Civil Veterinary Department ledger series I-VI
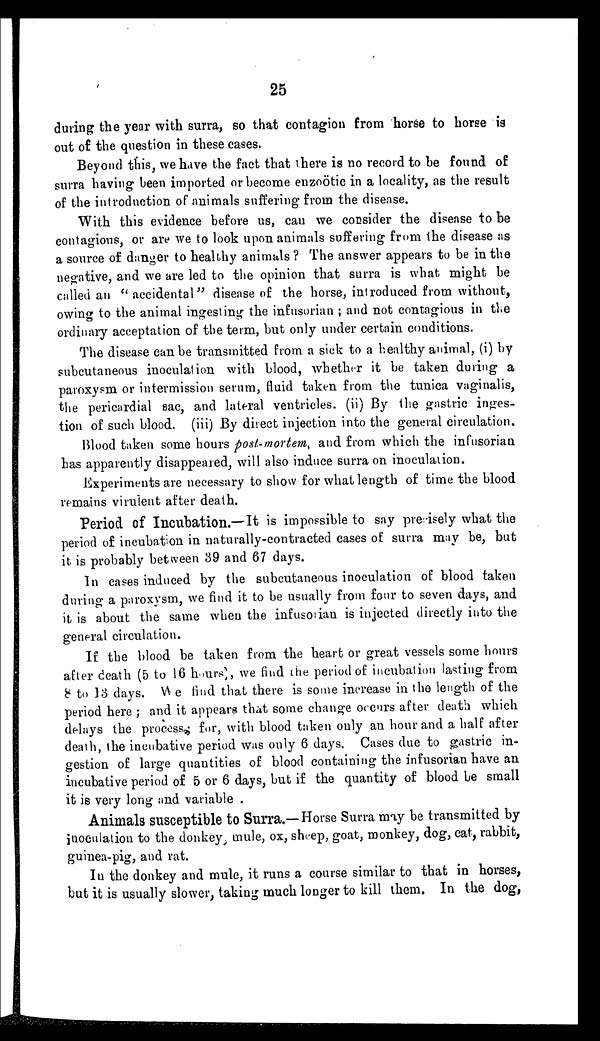
25
during the year with surra, so that contagion from horse to horse is
out of the question in these cases.
Beyond this, we have the fact that there is no record to be found of
surra having been imported or become enzoötic in a locality, as the result
of the introduction of animals suffering from the disease.
With this evidence before us, can we consider the disease to be
contagious, or are we to look upon animals suffering from the disease as
a source of danger to healthy animals? The answer appears to be in the
negative, and we are led to the opinion that surra is what, might be
called an "accidental" disease of the horse, introduced from without,
owing to the animal ingesting the infusorian; and not contagious in the
ordinary acceptation of the term, but only under certain conditions.
The disease can be transmitted from a sick to a healthy animal, (i) by
subcutaneous inoculation with blood, whether it be taken during a
paroxysm or intermission serum, fluid taken from the tunica vaginalis,
the pericardial sac, and lateral ventricles. (ii) By the gastric inges-
tion of such blood. (iii) By direct injection into the general circulation.
Blood taken some hours post-mortem, and from which the infusorian
has apparently disappeared, will also induce surra on inoculation.
Experiments are necessary to show for what length of time the blood
remains virulent after death.
Period of Incubation.—It is impossible to say presisely what the
period of incubation in naturally-contracted cases of surra may be, but
it is probably between 39 and 67 days.
In cases induced by the subcutaneous inoculation of blood taken
during a paroxysm, we find it to be usually from four to seven days, and
it is about the same when the infusorian is injected directly into the
general circulation.
If the blood be taken from the heart or great vessels some hours
after death (5 to 16 hours), we find the period of incubation lasting from
8 to 13 days. We find that there is some increase in the length of the
period here; and it appears that some change occurs after death which
delays the process; for, with blood taken only an hour and a half after
death, the incubative period was only 6 days. Cases due to gastric in-
gestion of large quantities of blood containing the infusorian have an
incubative period of 5 or 6 days, but if the quantity of blood be small
it is very long and variable.
Animals susceptible to Surra.—Horse Surra may be transmitted by
inoculation to the donkey mule, ox, sheep, goat, monkey, dog, cat, rabbit,
guinea-pig, and rat.
In the donkey and mule, it runs a course similar to that in horses,
but it is usually slower, taking much longer to kill them. In the dog,